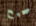
صحيح